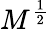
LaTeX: M^{\frac{1}{2}}